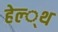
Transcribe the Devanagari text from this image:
हेल्‍्थ